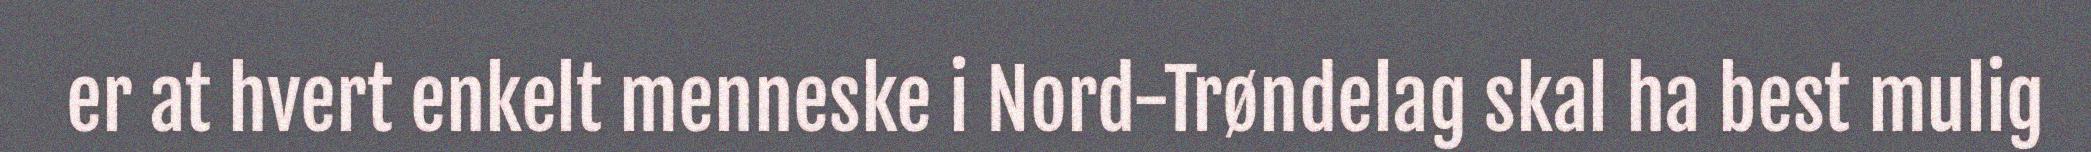
er at hvert enkelt menneske i Nord-Trøndelag skal ha best mulig